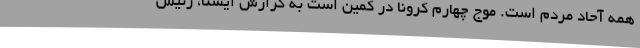
همه آحاد مردم است. موج چهارم کرونا در کمین است به گزارش ایسنا، رئیس